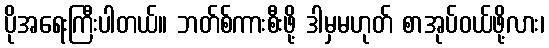
ပိုအရေးကြီးပါတယ်။ ဘတ်စ်ကားစီးဖို့ ဒါမှမဟုတ် စာအုပ်ဝယ်ဖို့လား၊